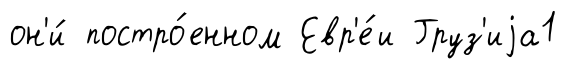
он'и́ постро́енном Евр'е́и Груз'иjа1